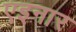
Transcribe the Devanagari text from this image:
एइनार